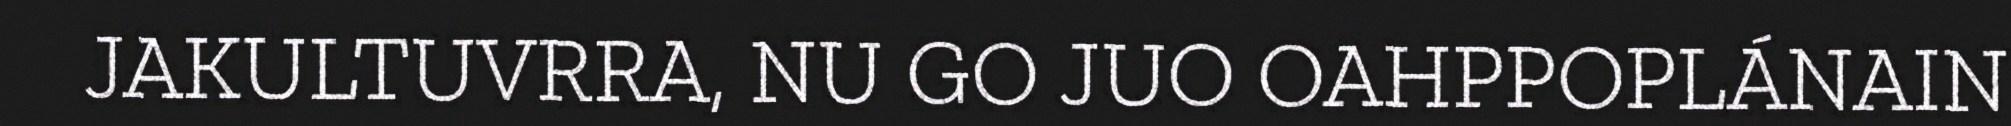
JAKULTUVRRA, NU GO JUO OAHPPOPLÁNAIN